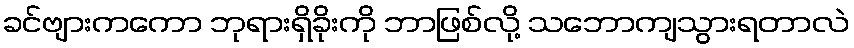
ခင်ဗျားကကော ဘုရားရှိခိုးကို ဘာဖြစ်လို့ သဘောကျသွားရတာလဲ